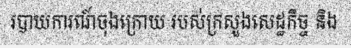
របាយការណ៍ចុងក្រោយ របស់ក្រសួងសេដ្ឋកិច្ច និង